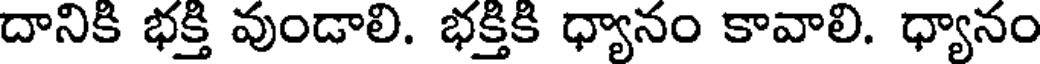
దానికి భక్తి వుండాలి. భక్తికి ధ్యానం కావాలి. ధ్యానం